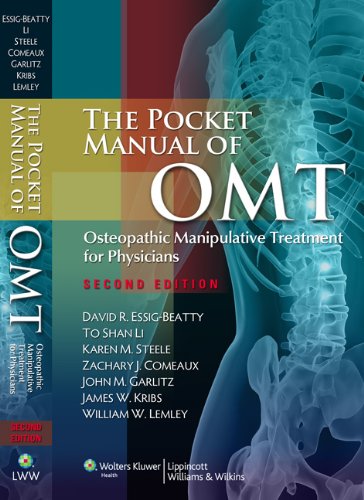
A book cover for The Pocket Manual of OMT: Osteopathic Manipulative Treatment for Physicians; David R. Essig-Beatty; Medical Books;